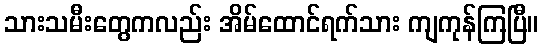
သားသမီးတွေကလည်း အိမ်ထောင်ရက်သား ကျကုန်ကြပြီ။